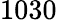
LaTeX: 1030